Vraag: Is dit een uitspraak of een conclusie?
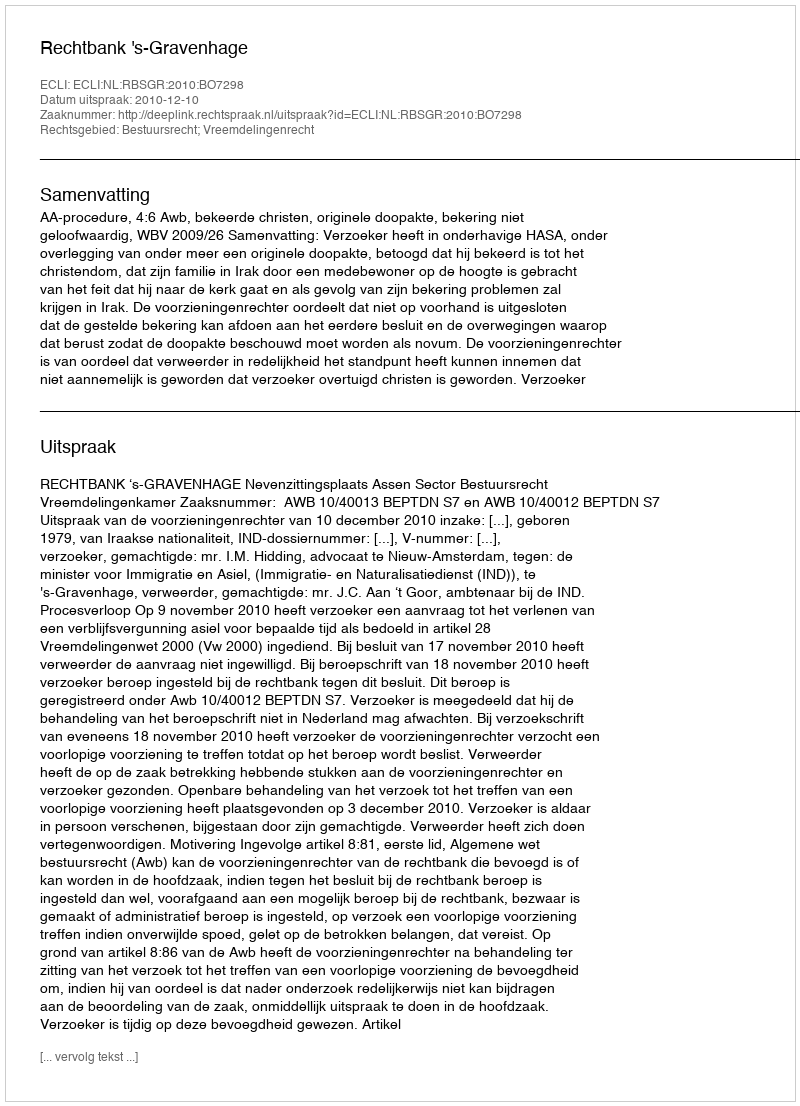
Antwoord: Uitspraak